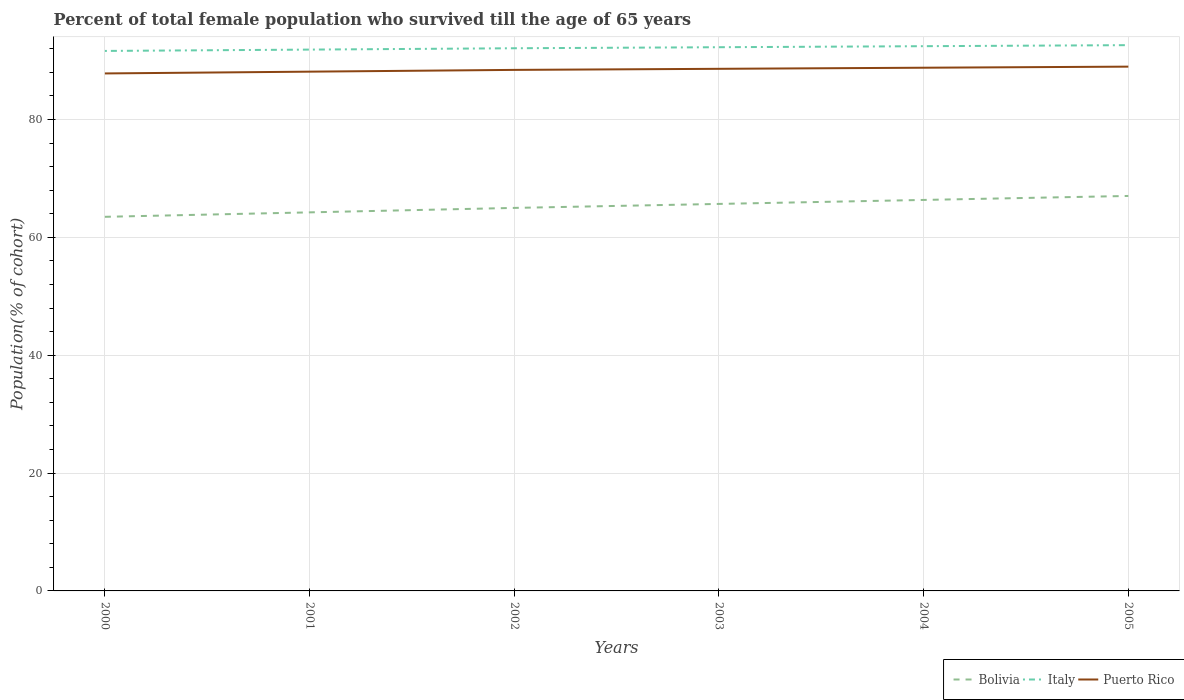
| Years | Bolivia | Italy | Puerto Rico |
 | --- | --- | --- | --- |
 | 2000 | 63.5 | 91.6 | 87.8 |
 | 2001 | 64.2 | 91.9 | 88.1 |
 | 2002 | 65 | 92.1 | 88.4 |
 | 2003 | 65.7 | 92.3 | 88.6 |
 | 2004 | 66.4 | 92.4 | 88.8 |
 | 2005 | 67 | 92.6 | 89 |